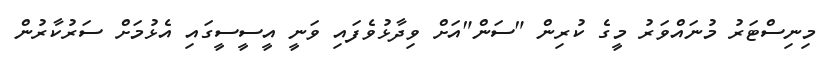
މިނިސްޓަރު މުނައްވަރު މީގެ ކުރިން "ސަން"އަށް ވިދާޅުވެފައި ވަނީ އީސީސީގައި އެޅުމަށް ސަރުކާރުން